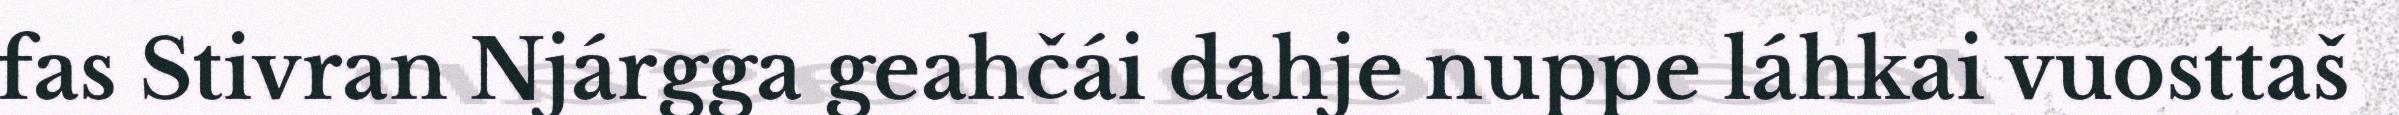
fas Stivran Njárgga geahčái dahje nuppe láhkai vuosttaš